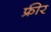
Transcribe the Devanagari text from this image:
फ्रीर